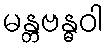
မန္တဗန္ဓဝါ